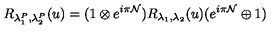
R _ { \lambda _ { 1 } ^ { P } , \lambda _ { 2 } ^ { P } } ( u ) = ( 1 \otimes e ^ { i \pi { \cal N } } ) R _ { \lambda _ { 1 } , \lambda _ { 2 } } ( u ) ( e ^ { i \pi { \cal N } } \oplus 1 )